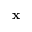
\mathbf { x }